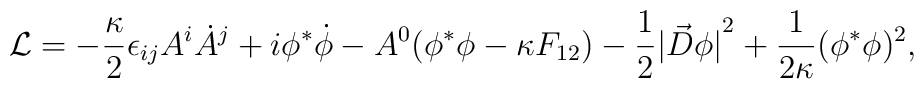
{\cal L} = -{ \kappa \over 2} \epsilon_{ij} A^i \dot{A}^j          + i \phi^* \dot{ \phi} -A^0(\phi^* \phi - \kappa F_{12} ) - {1 \over 2} {|{\vec{D}} \phi |}^2 + {1 \over {2 \kappa }}(\phi^* \phi )^2 ,